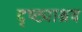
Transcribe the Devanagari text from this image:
दृष्ट्याश्रव